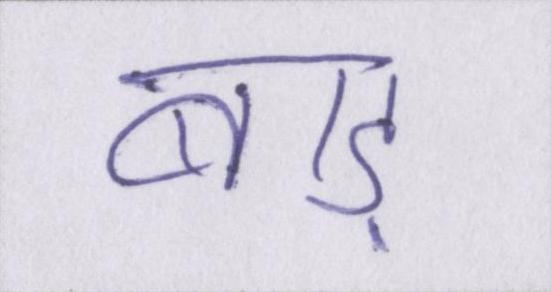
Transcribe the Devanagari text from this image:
बाड़